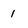
Character: 1